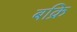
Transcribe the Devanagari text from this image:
बक्रि